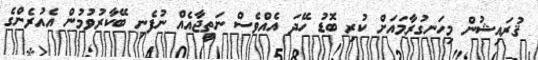
ޤުރައިޝުން މިހަނގުރާމައަށް ކުރި ބޮޑު ހޭދަ އެއްވެސް ނަތީޖާއެއް ނުފެނި ބޭކާރުވުމުން އެއުރެންގެ